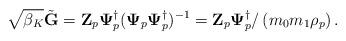
LaTeX: \begin{align*}\sqrt{\beta_K}\tilde{\mathbf{G}}= \mathbf{Z}_{p}\boldsymbol{\Psi}_p^{\dagger}(\boldsymbol{\Psi}_{p}\boldsymbol{\Psi}_p^{\dagger})^{-1} = \mathbf{Z}_{p}\boldsymbol{\Psi}_p^{\dagger}/\left(m_0m_1\rho_p\right).\end{align*}